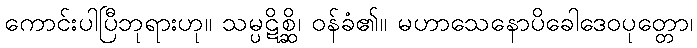
ကောင်းပါပြီဘုရားဟု။ သမ္ပဋိစ္ဆိ၊ ဝန်ခံ၏။ မဟာသေနောပိခေါဒေဝပုတ္တော၊